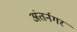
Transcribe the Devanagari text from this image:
अंतर्नगर